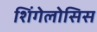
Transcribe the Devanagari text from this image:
शिंगेलोसिस